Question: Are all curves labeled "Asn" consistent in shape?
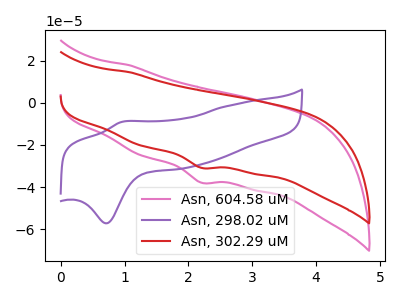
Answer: <think>The pink curve "Asn, 604.58 uM" has a cathodic peak at: (2.20V, -37.90uA). The purple curve "Asn, 298.02 uM" has an anodic peak at (0.95V, -9.15uA) and a cathodic peak at (0.70V, -57.20uA). The red curve "Asn, 302.29 uM" has a cathodic peak at: (2.20V, -30.90uA).
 "Asn, 604.58 uM" and "Asn, 298.02 uM" have a different number of peaks. All the peaks in "Asn, 604.58 uM" have a peak in "Asn, 302.29 uM" at the same potential. Every peak in "Asn, 604.58 uM" is higher than every peak in "Asn, 302.29 uM". "Asn, 298.02 uM" and "Asn, 302.29 uM" have a different number of peaks.</think>
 <answer>All the CV's of "Asn" have similar shape.</answer>
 <eval>follow_rule</eval>